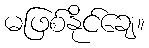
မဖြစ်နိုင်ချေ။